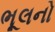
ભૂલનો